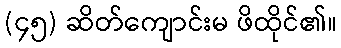
(၄၅) ဆိတ်ကျောင်းမ ဖိထိုင်၏။